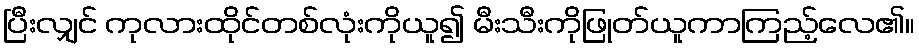
ပြီးလျှင် ကုလားထိုင်တစ်လုံးကိုယူ၍ မီးသီးကိုဖြုတ်ယူကာကြည့်လေ၏။